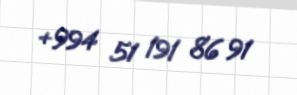
+994 51 191 86 91